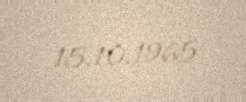
15.10.1965